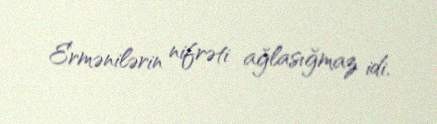
Ermənilərin nifrəti ağlasığmaz idi.